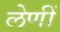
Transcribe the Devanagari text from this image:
लेणीं